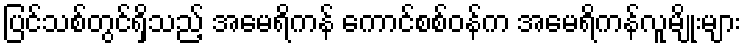
ပြင်သစ်တွင်ရှိသည့် အမေရိကန် ကောင်စစ်ဝန်က အမေရိကန်လူမျိုးများ